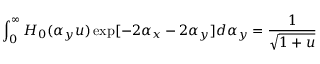
\int _ { 0 } ^ { \infty } H _ { 0 } ( \alpha _ { y } u ) \exp [ - 2 \alpha _ { x } - 2 \alpha _ { y } ] d \alpha _ { y } = \frac { 1 } { \sqrt { 1 + u } }